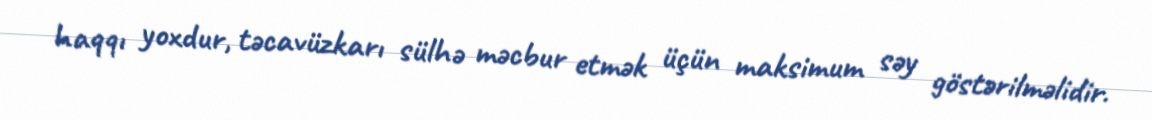
haqqı yoxdur, təcavüzkarı sülhə məcbur etmək üçün maksimum səy göstərilməlidir.